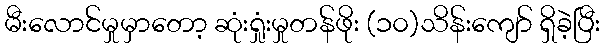
မီးလောင်မှုမှာတော့ ဆုံးရှုံးမှုတန်ဖိုး (၁၀)သိန်းကျော် ရှိခဲ့ပြီး